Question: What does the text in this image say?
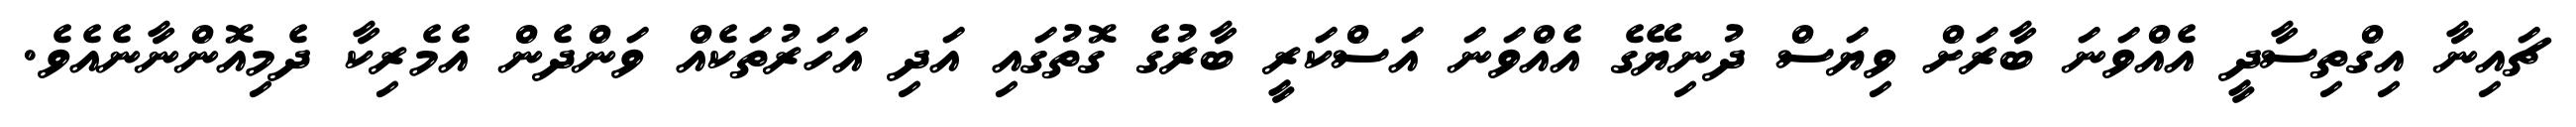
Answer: ޗައިނާ އިގްތިސާދީ އެއްވަނަ ބާރަށް ވިޔަސް ދުނިޔޭގެ އެއްވަނަ އަސްކަރީ ބާރުގެ ގޮތުގައި އަދި އަހަރުތަކެއް ވަންދެން އެމެރިކާ ދެމިއޮންނާނެއެވެ.